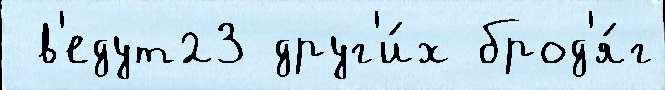
 в'едут23 друг'и́х брод'я́г